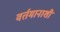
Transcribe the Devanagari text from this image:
वर्तमानाशी